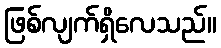
ဖြစ်လျက်ရှိလေသည်။